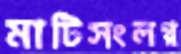
মাটিসংলগ্ন